Annual report on the lock hospitals of the Madras Presidency
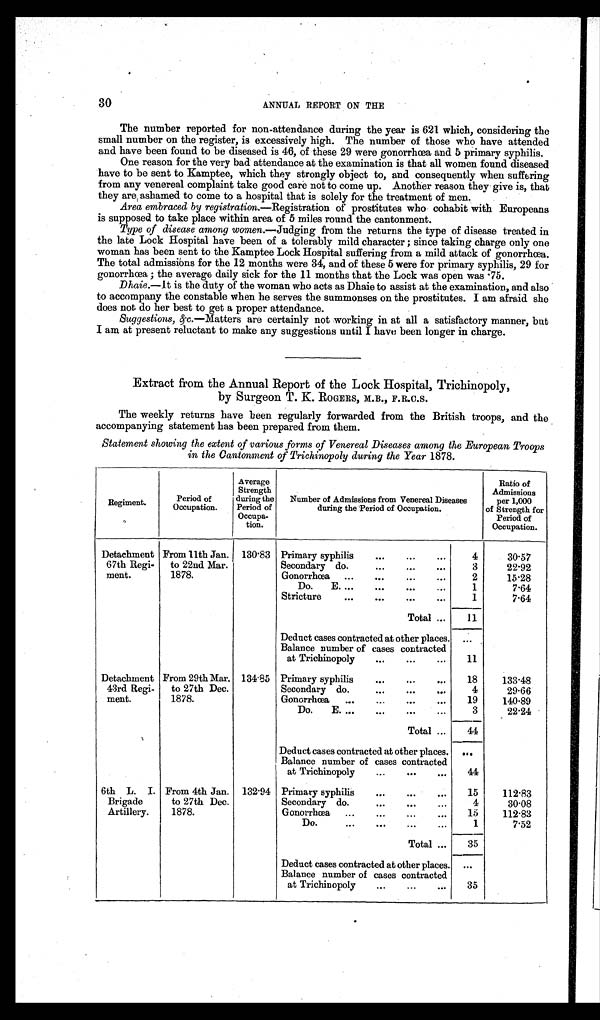
30
ANNUAL REPORT ON THE
The number reported for non-attendance during the year is 621 which, considering the
small number on the register, is excessively high. The number of those who have attended
and have been found to be diseased is 46, of these 29 were gonorrhœa and 5 primary syphilis.
One reason for the very bad attendance at the examination is that all women found diseased
have to be sent to Kamptee, which they strongly object to, and consequently when suffering
from any venereal complaint take good care not to come up. Another reason they . give is, that
they are ashamed to come to a hospital that is solely for the treatment of men.
Area embraced by registration.—Registration of prostitutes who cohabit with Europeans
is supposed to take place within area of 5 miles round the cantonment.
Type of disease among women.—Judging from the returns the type of disease treated in
the late Lock Hospital have been of a tolerably mild character ; since taking charge only one
woman has been sent to the Kamptee Lock Hospital suffering from a mild attack of gonorrhœa.
The total admissions for the 12 months were 34, and of these 5 were for primary syphilis, 29 for
gonorrhœa ; the average daily sick for the 11 months that the Lock was open was .75.
Dhaie.—It is the duty of the woman who acts as Dhaie to assist at the examination, and also
to accompany the constable when he serves the summonses on the prostitutes. I am afraid she
does not do her best to get a proper attendance.
Suggestions, &c .—Matters are certainly not working in at all a satisfactory manner, but
I am at present reluctant to make any suggestions until I have been longer in charge.
Extract from the Annual Report of the Lock Hospital, Trichinopoly,
by Surgeon T. K. ROGERS, M.B., F.R.C.S.
The weekly returns have been regularly forwarded from the British troops, and the
accompanying statement has been prepared from them.
Statement showing the extent of various forms of Venereal Diseases among the European Troops
in the Cantonment of Trichinopoly during the Year 1878.
Regiment.
Period of
Occupation.
Average
Strength
during the
Period of
Occupa-
tion.
Number of Admissions from Venereal Diseases
during the Period of Occupation.
Ratio of
Admissions
per 1,000
of Strength for
Period of
Occupation.
Detachment
67th Regi-
ment.
From 11th Jan.
to 22nd Mar.
1878.
130.83 Primary syphilis
...
...
...
4
30.57
Secondary do.
• • .
...
...
3
22.92
Gonorrhœa ...
...
....
...
2
15.28
Do.
E. ...
...
...
...
1
7.64
Stricture
...
...
...
...
1
7.64
Total ...
11
Deduct cases contracted at other places. ...
Balance number of cases contracted
at Trichinopoly
...
...
...
11
Detachment
43rd Regi-
ment.
From 29th Mar.
to 27th Dec.
1878.
134.85 Primary syphilis
...
...
...
18
133.48
Secondary do.
...
...
...
4
29.66
Gonorrhœa ...
...
...
...
19
140.89
Do. E. ... ... ... ... ...
3
22.24
Total ...
44
Deduct cases contracted at other places. ...
Balance number of cases contracted
at Trichinopoly...
...
44
6th L. I.
Brigade
Artillery.
From 4th Jan.
to 27th Dec.
1878.
132.94 Primary syphilis
...
...
. . .
15
112.83
Secondary do.
...
...
...
4
30.08
Gonorrhœa ...
...
...
...
15
112.83
Do.
...
...
...
...
1
7.52
Total ...
35
Deduct cases contracted at other places. ...
Balance number of cases contracted
at Trichinopoly
...
...
...
35